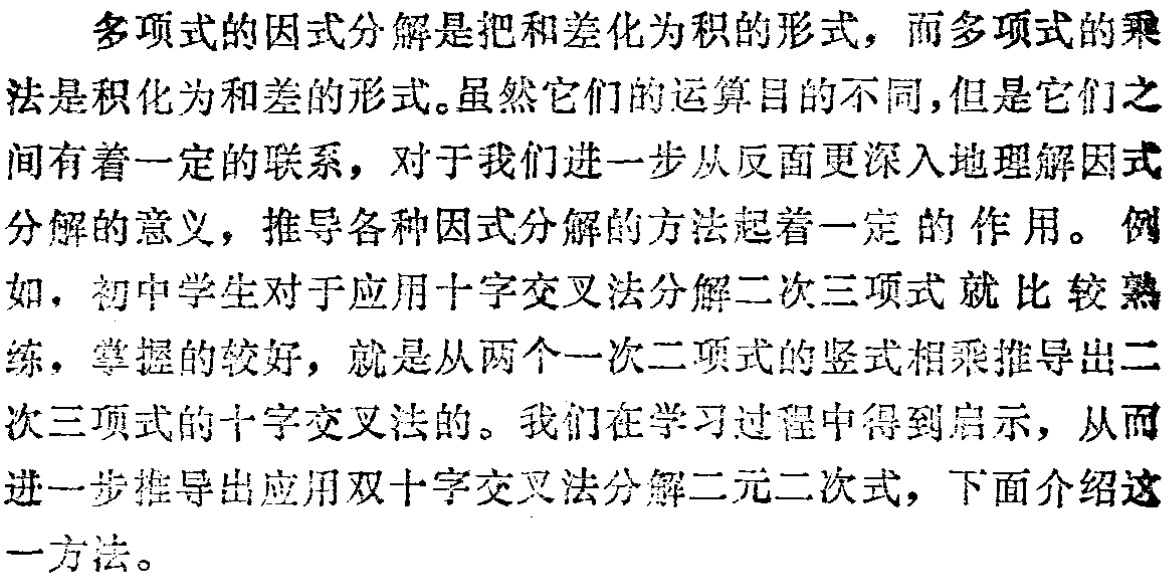
多项式的因式分解是把和差化为积的形式，而多项式的乘法是积化为和差的形式。虽然它们的运算目的不同，但是它们之间有着一定的联系，对于我们进一步从反面更深入地理解因式分解的意义，推导各种因式分解的方法起着一定的作用。例如，初中学生对于应用十字交叉法分解二次三项式就比较熟练，掌握的较好，就是从两个一次二项式的竖式相乘推导出二次三项式的十字交叉法的。我们在学习过程中得到启示，从而进一步推导出应用双十字交叉法分解二元二次式，下面介绍这一方法。